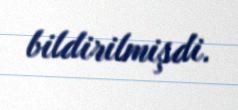
bildirilmişdi.